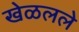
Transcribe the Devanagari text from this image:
खेळलले